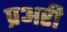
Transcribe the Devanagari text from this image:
प्रअरी